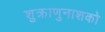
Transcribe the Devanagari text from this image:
शुक्राणुनाशको